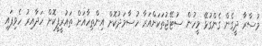
މުސާރާ ދީގެން ގެންގުޅޭ މީހުން ސުޓޭޖުތަކަށްއަރާ ހުސާމަދުކޮށް އިންތިހާއަށް ތައުރީފީކޮށް ހަދާއިރު ހެވިފައި